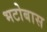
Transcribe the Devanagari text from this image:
भटोबास